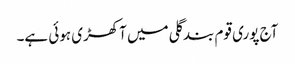
آج پوری قوم بندگلی میں آکھڑی ہوئی ہے۔